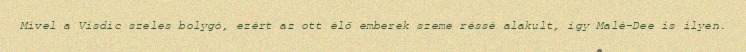
Mivel a Visdic szeles bolygó, ezért az ott élő emberek szeme réssé alakult, így Malé-Dee is ilyen.